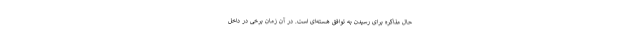
حال مذاکره برای رسیدن به توافق هسته‌ای است. در آن زمان برخی در داخل